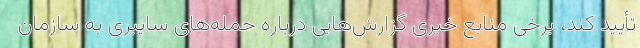
تأیید کند، برخی منابع خبری گزارش‌هایی درباره حمله‌های سایبری به سازمان